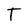
Character: T